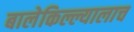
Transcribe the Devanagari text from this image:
बालेकिल्ल्यालाच